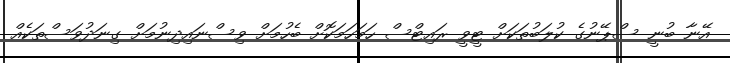
އޭނާ ބުނީ ސްޕޭނުގެ ކުލަބުތަކަށް ޓީވީ ރައިޓްސް ހަމަހަމަކޮށް ބެހުމަށް ވިސްނައިދިނުމަށް ގިނަދުވަސްތަކެއް